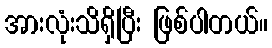
အားလုံးသိရှိပြီး ဖြစ်ပါတယ်။